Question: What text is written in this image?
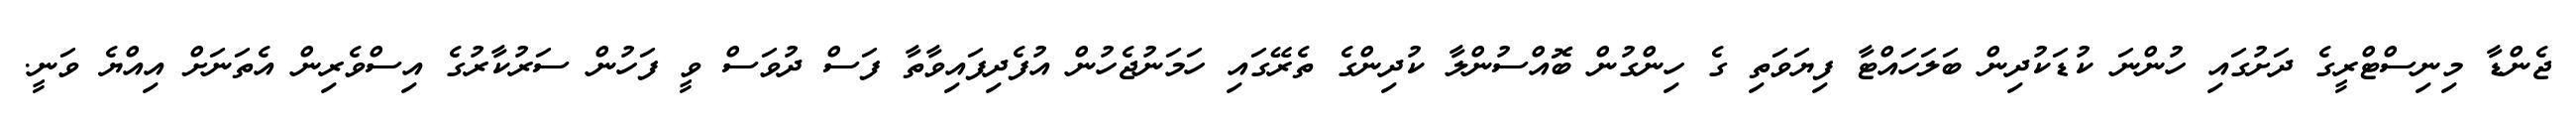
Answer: ޖެންޑާ މިނިސްޓްރީގެ ދަށުގައި ހުންނަ ކުޑަކުދިން ބަލަހައްޓާ ފިޔަވަތި ގެ ހިންގުން ބޮއްސުންލާ ކުދިންގެ ތެރޭގައި ހަމަނުޖެހުން އުފެދިފައިވާތާ ފަސް ދުވަސް ވީ ފަހުން ސަރުކާރުގެ އިސްވެރިން އެތަނަށް އިއްޔެ ވަނީ.